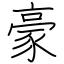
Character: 豪